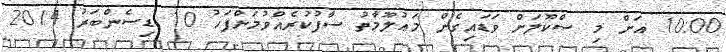
10:00 އަށް މި ސްކޫލަށް ވަޑައިގެން މަޢުލޫމާތު ސާފުކުރެއްވުމަށްފަހު 10 ޑިސެންބަރު 2014